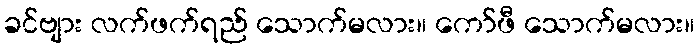
ခင်ဗျား လက်ဖက်ရည် သောက်မလား။ ကော်ဖီ သောက်မလား။